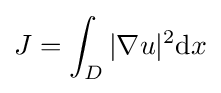
\displaystyle J=\int _{D}|\nabla u|^{2}\mathrm {d} x